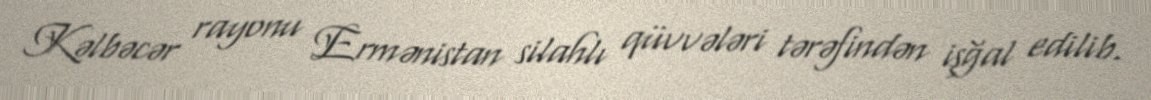
Kəlbəcər rayonu Ermənistan silahlı qüvvələri tərəfindən işğal edilib.